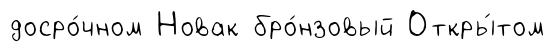
досро́чном Новак бро́нзовый Откры́том